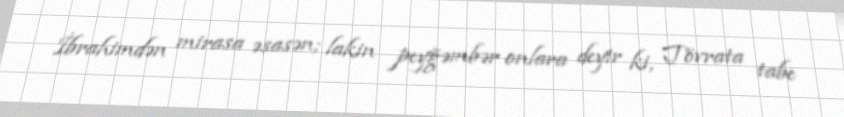
İbrahimdən mirasa əsasən; lakin peyğəmbər onlara deyir ki, Tövrata tabe